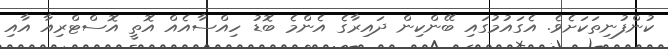
ކުންފުނިތަކަށެވެ. އެގައުމުގައި ބޭންކިން ދައިރާގެ އެންމެ ބޮޑު ހިއްސާއެއް އޮތީ އޮސްޓްރިއާ އާއި